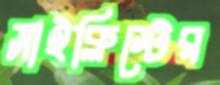
সাইক্লিস্টের